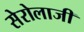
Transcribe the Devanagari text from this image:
सेरोलाजी